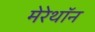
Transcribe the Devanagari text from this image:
मेरेथॉन